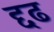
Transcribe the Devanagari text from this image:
द्दढ